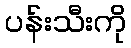
ပန်းသီးကို